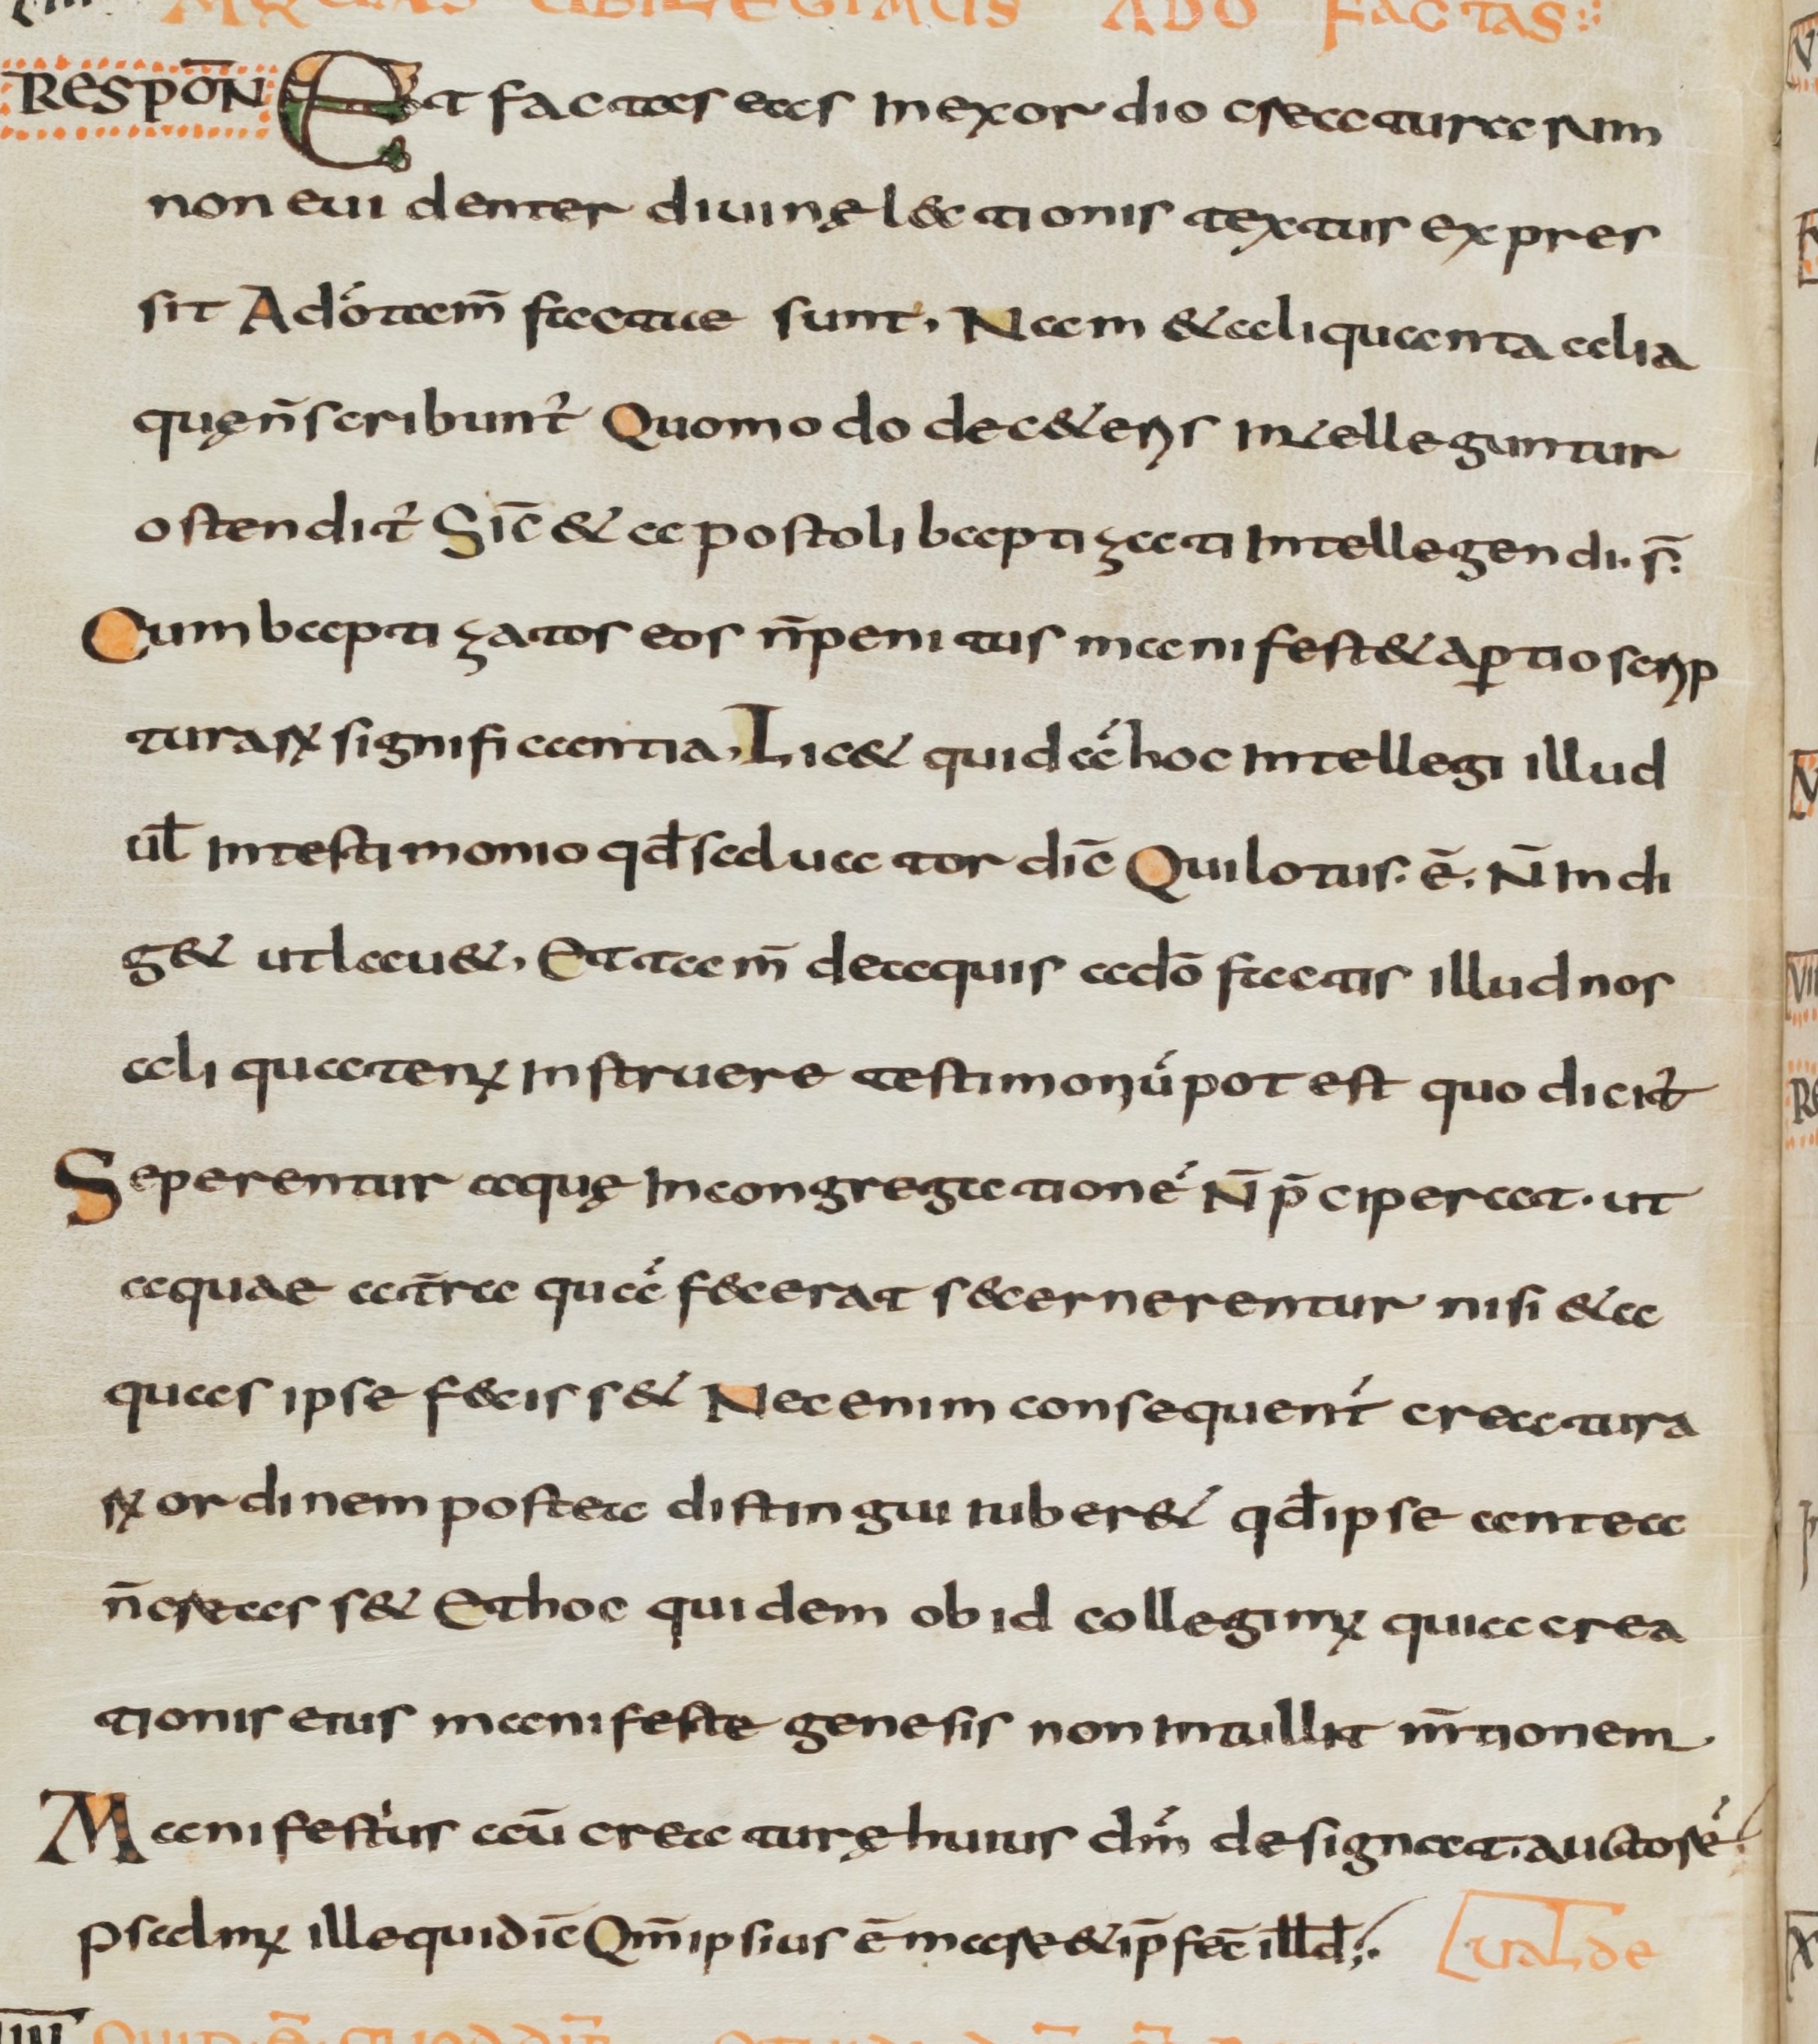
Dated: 800–830